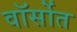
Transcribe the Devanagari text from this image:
वॉर्सोत